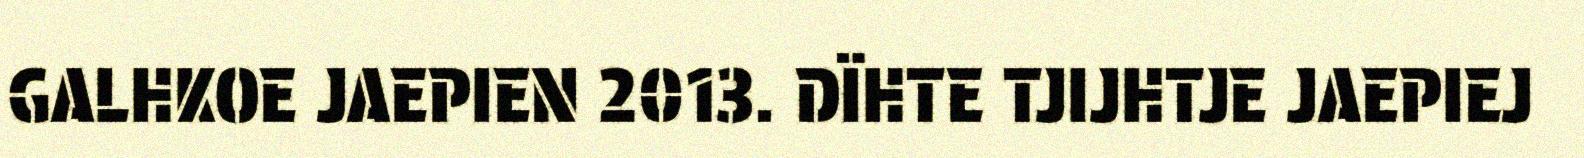
GALHKOE JAEPIEN 2013. DÏHTE TJIJHTJE JAEPIEJ